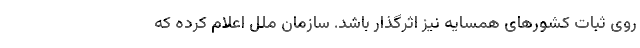
روی ثبات کشورهای همسایه نیز اثرگذار باشد. سازمان ملل اعلام کرده که